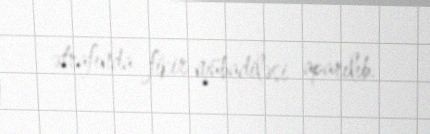
ətrafında fikir mübadiləsi aparılıb.